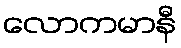
လောကမာနီ